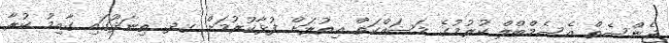
ޖެންސެތް އެސެމްބްލް ކުރުމުގެ މަސައްކަތް އިތުރަށް ފުޅާކުރުމަށް ގދ. ތިނަދޫގައި ގާއިމު ކުރާ